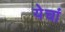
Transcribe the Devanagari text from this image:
येचां